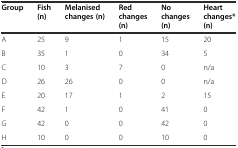
<table><thead><tr><td><b>Group</b></td><td><b>Fish (n)</b></td><td><b>Melanised changes (n)</b></td><td><b>Red changes (n)</b></td><td><b>No changes (n)</b></td><td><b>Heart changes* (n)</b></td></tr></thead><tbody><tr><td>A</td><td>25</td><td>9</td><td>1</td><td>15</td><td>20</td></tr><tr><td>B</td><td>35</td><td>1</td><td>0</td><td>34</td><td>5</td></tr><tr><td>C</td><td>10</td><td>3</td><td>7</td><td>0</td><td>n/a</td></tr><tr><td>D</td><td>26</td><td>26</td><td>0</td><td>0</td><td>n/a</td></tr><tr><td>E</td><td>20</td><td>17</td><td>1</td><td>2</td><td>15</td></tr><tr><td>F</td><td>42</td><td>1</td><td>0</td><td>41</td><td>0</td></tr><tr><td>G</td><td>42</td><td>0</td><td>0</td><td>42</td><td>0</td></tr><tr><td>H</td><td>10</td><td>0</td><td>0</td><td>10</td><td>0</td></tr></tbody></table>